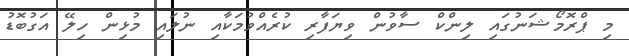
މި ޕްރޮމޯޝަނުގައި ލިންކް ސާވުން ވިޔަފާރި ކުރެއްވުމަކާއި ނުލައި މުޅިން ހިލޭ އަގުބޮޑު